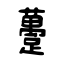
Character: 躉